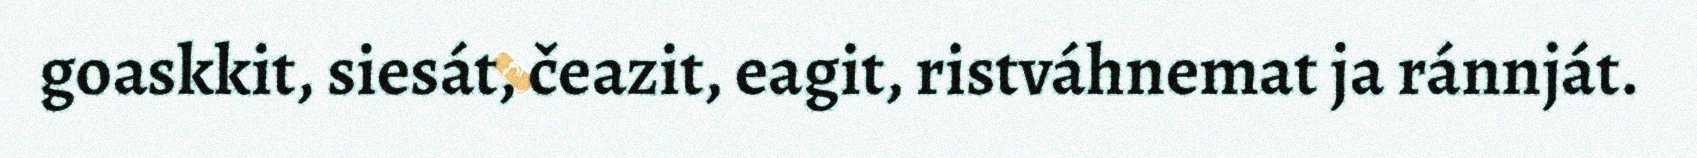
goaskkit, siesát, čeazit, eagit, ristváhnemat ja ránnját.